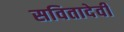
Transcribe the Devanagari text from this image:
सवितादेवी